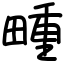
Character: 畽